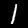
Digit: 1